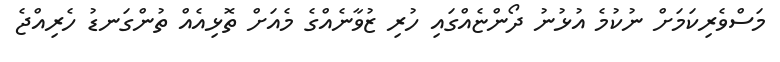
މަސްވެރިކަމަށް ނުކުމެ އުޅުނު ދޯންޏެއްގައި ހުރި ޒުވާނެއްގެ މެއަށް ތޮޅިއެއް ތުންގަނޑު ހެރިއްޖެ